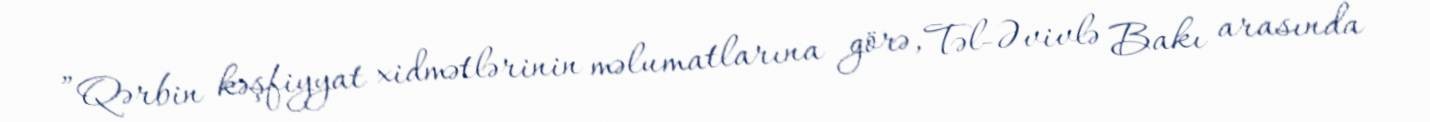
”Qərbin kəşfiyyat xidmətlərinin məlumatlarına görə, Təl-Əvivlə Bakı arasında